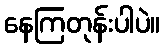
နေကြတုန်းပါပဲ။